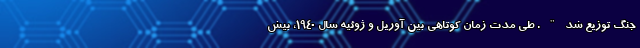
جنگ توزیع شد". طی مدت زمان کوتاهی بین آوریل و ژوئیه سال 1940، بیش